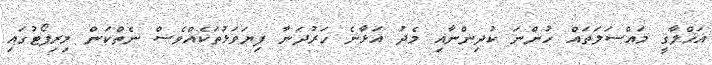
އަޚްލާޤީ މައްސަލަތައް ހުންނަ ކުދިންނާއި މެދު އަޅާނެ ހަރުދަނާ ފިޔަވަޅުތަކެއްވެސް ނެތްކަން މިރިޕޯޓުގައި